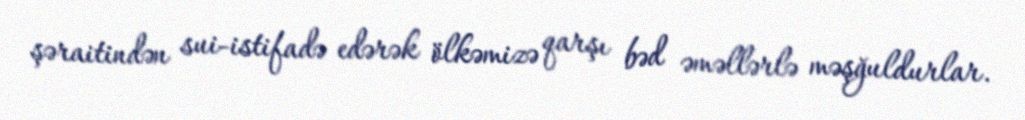
şəraitindən sui-istifadə edərək ölkəmizə qarşı bəd əməllərlə məşğuldurlar.